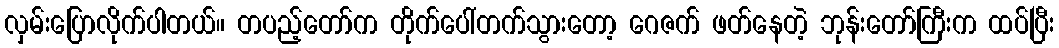
လှမ်းပြောလိုက်ပါတယ်။ တပည့်တော်က တိုက်ပေါ်တက်သွားတော့ ဂေဇက် ဖတ်နေတဲ့ ဘုန်းတော်ကြီးက ထပ်ပြီး